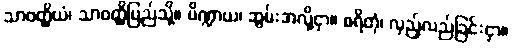
သာဝတ္ထိယံ၊ သာဝတ္ထိပြည်သို့။ ပိဏ္ဍာယ၊ ဆွမ်းအလို့ငှာ။ စရိတုံ၊ လှည့်လည်ခြင်းငှာ။